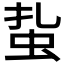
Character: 𧉒